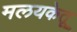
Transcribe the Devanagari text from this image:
मलयकेतू